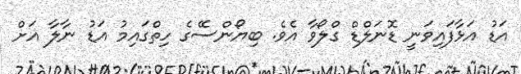
އަޑު އަޅާފައިވަނީ ޑޮނަލްޑް ގްލޯވާ އެވެ. ބިޔޯންސޭގެ ހިތްގައިމު އަޑު ނާލާ އަށް